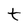
Character: t